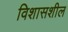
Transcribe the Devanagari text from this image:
विशासशील